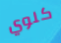
كلوي